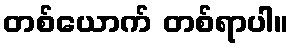
တစ်ယောက် တစ်ရာပါ။